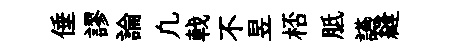
倕謬論凢戟不昱桮胝讌縫